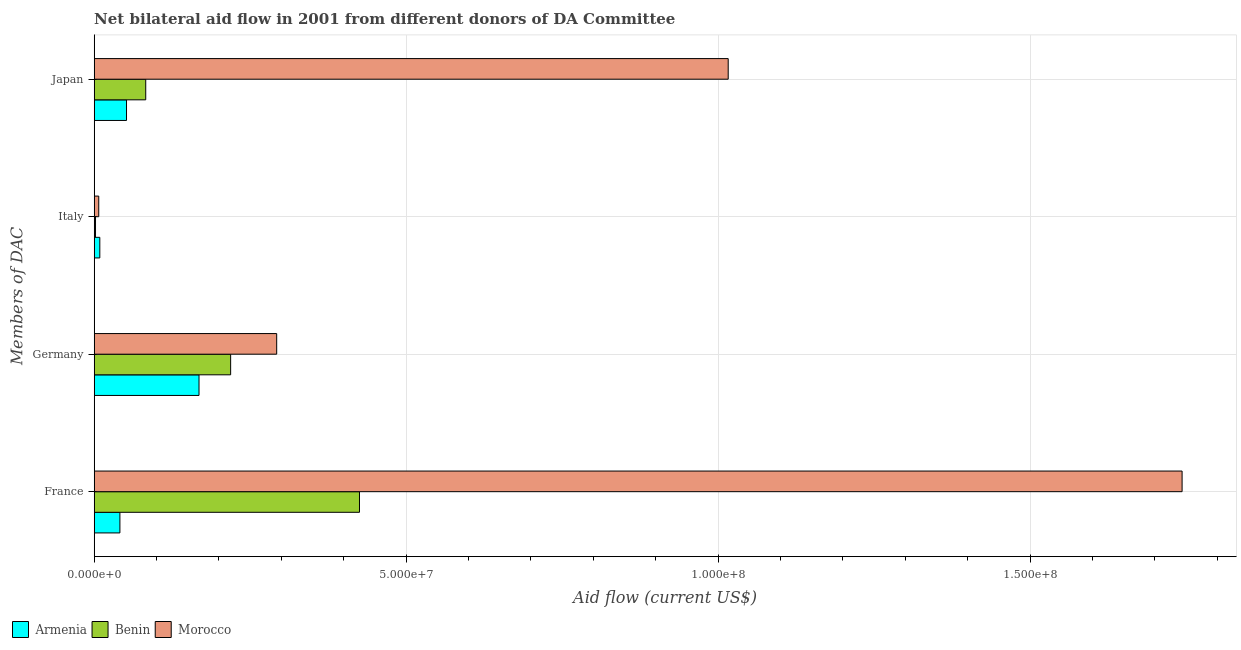
| Members of DAC | Armenia | Benin | Morocco |
 | --- | --- | --- | --- |
 | France | 4.12e+06 | 4.25e+07 | 1.74e+08 |
 | Germany | 1.68e+07 | 2.19e+07 | 2.92e+07 |
 | Italy | 9e+05 | 2.1e+05 | 7.3e+05 |
 | Japan | 5.18e+06 | 8.26e+06 | 1.02e+08 |